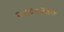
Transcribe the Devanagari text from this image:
२४८०३४०